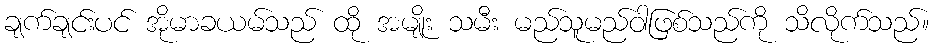
ချက်ချင်းပင် အိုမာခယမ်သည် ထို အမျိုး သမီး မည်သူမည်ဝါဖြစ်သည်ကို သိလိုက်သည်။